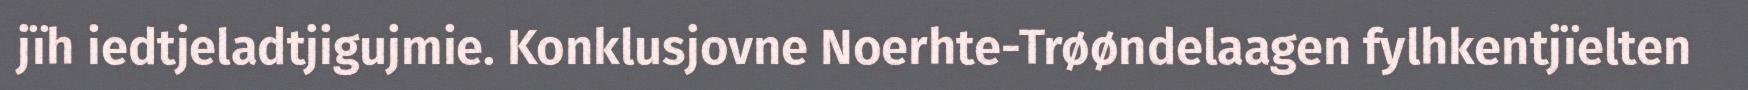
jïh iedtjeladtjigujmie. Konklusjovne Noerhte-Trøøndelaagen fylhkentjïelten